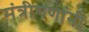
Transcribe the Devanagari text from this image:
मंत्रीगणांनी